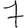
Digit: 7